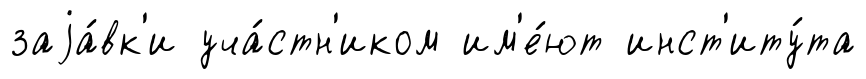
заjа́вк'и уча́стн'иком им'е́ют инст'иту́та